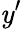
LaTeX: \mathit{y}’